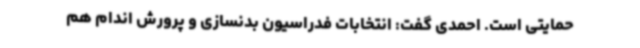
حمایتی است. احمدی گفت: انتخابات فدراسیون بدنسازی و پرورش اندام هم